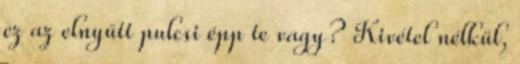
ez az elnyűtt pulcsi épp te vagy? Kivétel nélkül,